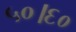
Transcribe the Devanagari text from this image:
५०।६०